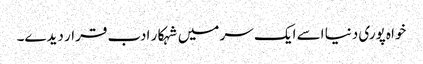
خواہ پوری دنیا اسے ایک سر میں شہکار ادب قرار دیدے۔